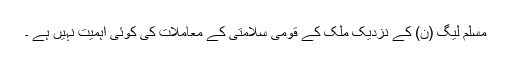
مسلم لیگ (ن) کے نزدیک ملک کے قومی سلامتی کے معاملات کی کوئی اہمیت نہیں ہے ۔